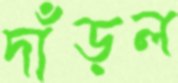
দাঁড়ল